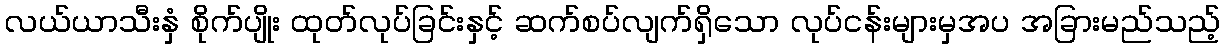
လယ်ယာသီးနှံ စိုက်ပျိုး ထုတ်လုပ်ခြင်းနှင့် ဆက်စပ်လျက်ရှိသော လုပ်ငန်းများမှအပ အခြားမည်သည့်